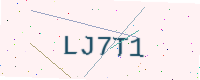
Text: LJ7T1